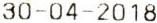
30-04-2018